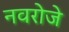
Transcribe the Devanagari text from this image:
नवरोजे